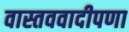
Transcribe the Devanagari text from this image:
वास्तववादीपणा